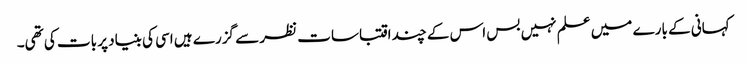
کہانی کے بارے میں علم نہیں بس اس کے چند اقتباسات نظر سے گزرے ہیں اسی کی بنیاد پر بات کی تھی۔